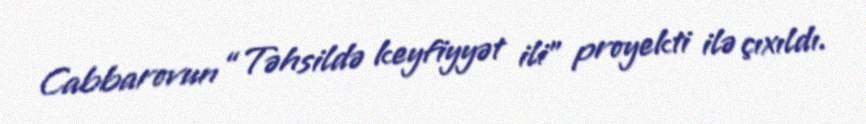
Cabbarovun “Təhsildə keyfiyyət ili” proyekti ilə çıxıldı.